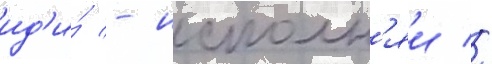
ид'и́ - исполн'яи //